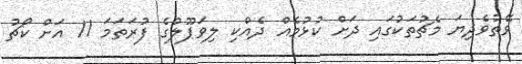
ވޭތުވެދިޔަ މެޗުތަކުގައި ދަށް ކުޅުމެއް ދެއްކި ލިވަޕޫލުގެ ފުރަތަމަ 11 އަށް ކޯޗު